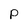
Character: p